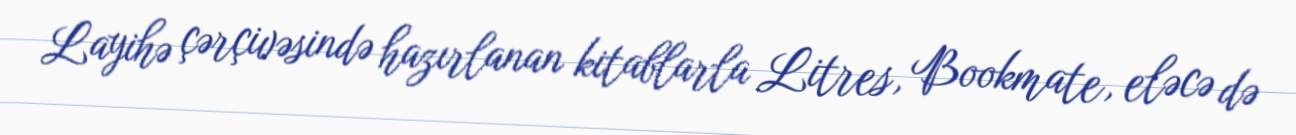
Layihə çərçivəsində hazırlanan kitablarla Litres, Bookmate, eləcə də